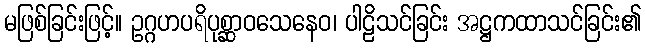
မဖြစ်ခြင်းဖြင့်။ ဥဂ္ဂဟပရိပုစ္ဆာဝသေနေဝ၊ ပါဠိသင်ခြင်း အဋ္ဌကထာသင်ခြင်း၏